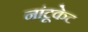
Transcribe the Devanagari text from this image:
नांटूकेट